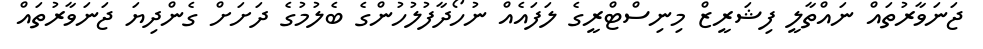
ޖަނަވާރުތައް ނައްތާލީ ފިޝަރީޒް މިނިސްޓްރީގެ ލަފައެއް ނުހޯދާފުލުހުންގެ ބެލުމުގެ ދަށަށް ގެންދިޔަ ޖަނަވާރުތައް